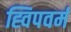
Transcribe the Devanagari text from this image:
ह्विपवर्म